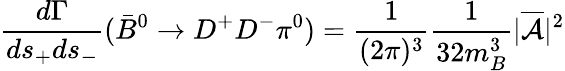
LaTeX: \frac{d\Gamma}{ds_{+}ds_{-}}({\bar{B}}^{0}\to D^{+}D^{-}\pi^{0})={\frac{1}{(2\pi)^{3}}}{\frac{1}{32m_{B}^{3}}}|{\overline{{{\cal A}}}}|^{2}